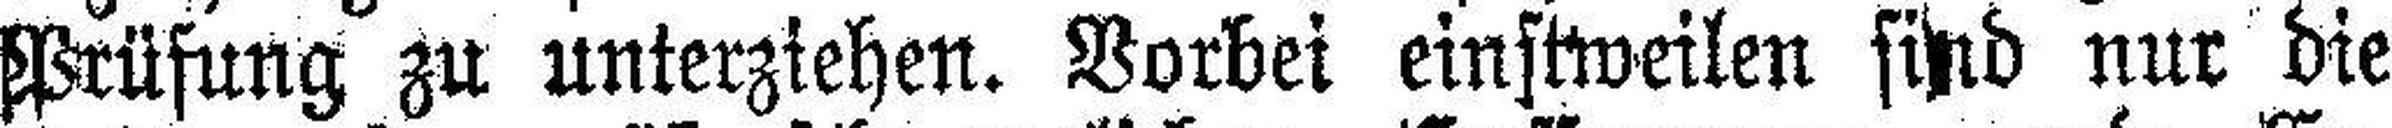
Prüfung zu unterziehen. Vorbei einstweilen sind nur die